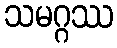
သမဂ္ဂဿ